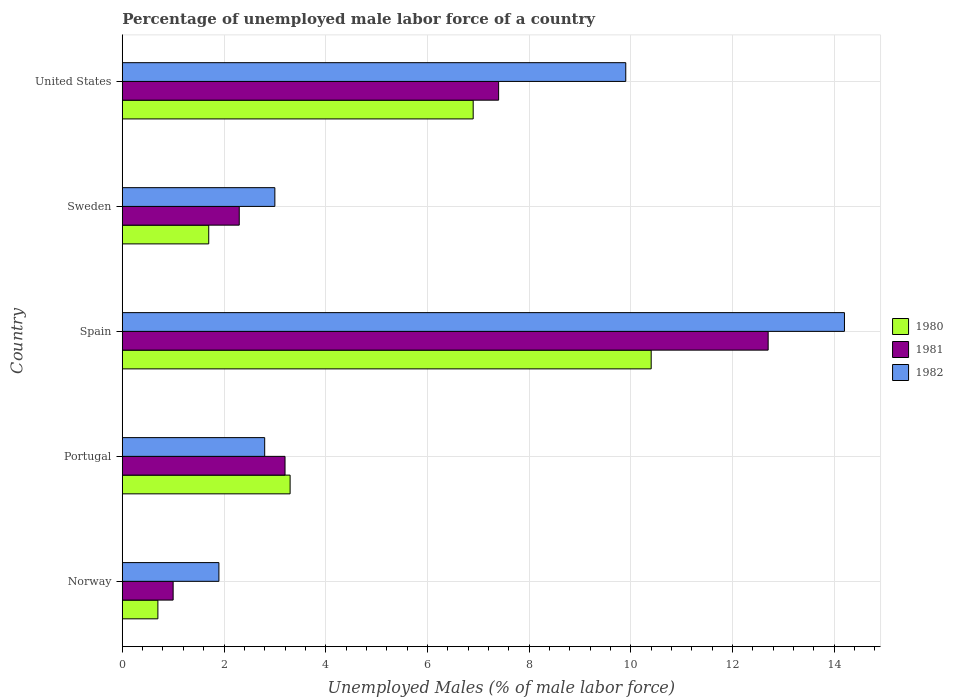
| Country | 1980 | 1981 | 1982 |
 | --- | --- | --- | --- |
 | Norway | 0.7 | 1 | 1.9 |
 | Portugal | 3.3 | 3.2 | 2.8 |
 | Spain | 10.4 | 12.7 | 14.2 |
 | Sweden | 1.7 | 2.3 | 3 |
 | United States | 6.9 | 7.4 | 9.9 |